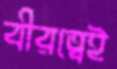
বীরত্বেই